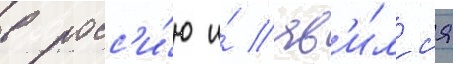
в росс'и́ю и́ яв'и́лс'я